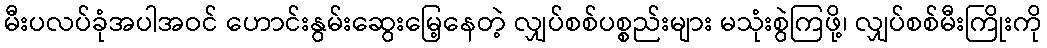
မီးပလပ်ခုံအပါအဝင် ဟောင်းနွမ်းဆွေးမြေ့နေတဲ့ လျှပ်စစ်ပစ္စည်းများ မသုံးစွဲကြဖို့၊ လျှပ်စစ်မီးကြိုးကို